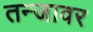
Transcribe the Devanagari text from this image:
तन्जावर